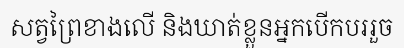
សត្វព្រៃខាងលើ និងឃាត់ខ្លួនអ្នកបើកបររួច